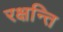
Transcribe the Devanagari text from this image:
रक्षन्ति